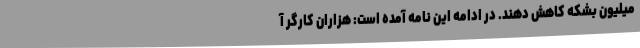
میلیون بشکه کاهش دهند. در ادامه این نامه آمده است: هزاران کارگر آ